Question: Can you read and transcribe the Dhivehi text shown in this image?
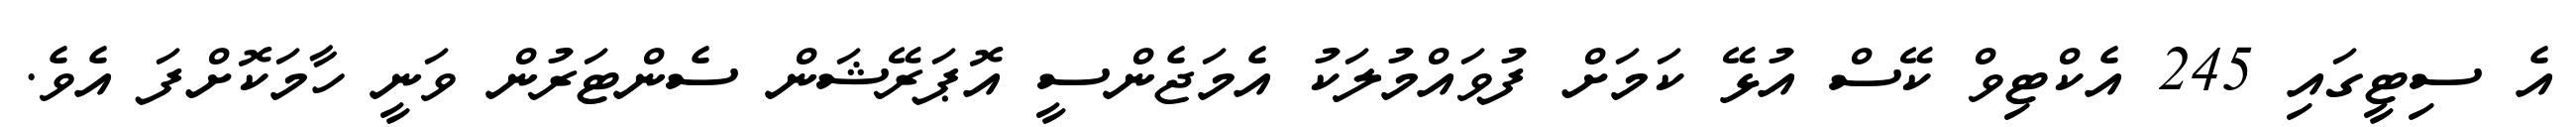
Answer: އެ ސިޓީގައި 245 އެކްޓިވް ކޭސް އުޅޭ ކަމަށް ފުވައްމުލަކު އެމަޖެންސީ އޮޕަރޭޝަން ސެންޓަރުން ވަނީ ހާމަކޮށްފަ އެވެ.